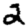
Digit: 2